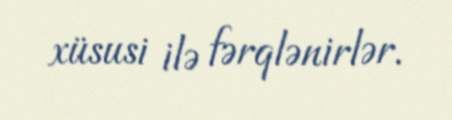
xüsusi ilə fərqlənirlər.